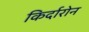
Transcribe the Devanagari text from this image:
किर्दारोन